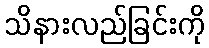
သိနားလည်ခြင်းကို